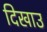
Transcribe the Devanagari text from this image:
दिखाउ